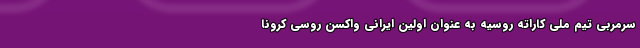
سرمربی تیم ملی کاراته روسیه به عنوان اولین ایرانی واکسن روسی کرونا